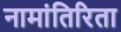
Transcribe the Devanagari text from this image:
नामांतिरिता